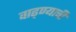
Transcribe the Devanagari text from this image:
वाढ्ण्याची